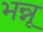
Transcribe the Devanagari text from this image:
भन्नू